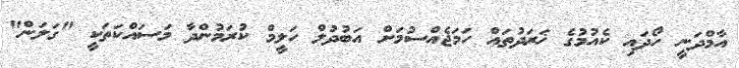
އާމްދަނީ ހޯދައި ކެއުމުގެ ޚަރަދުތައް ހަމަޖެއްސުމަށް އަބުދުލް ހަލީމް ކުރަމުންދާ މަސައްކަތަކީ "ގަލަން"